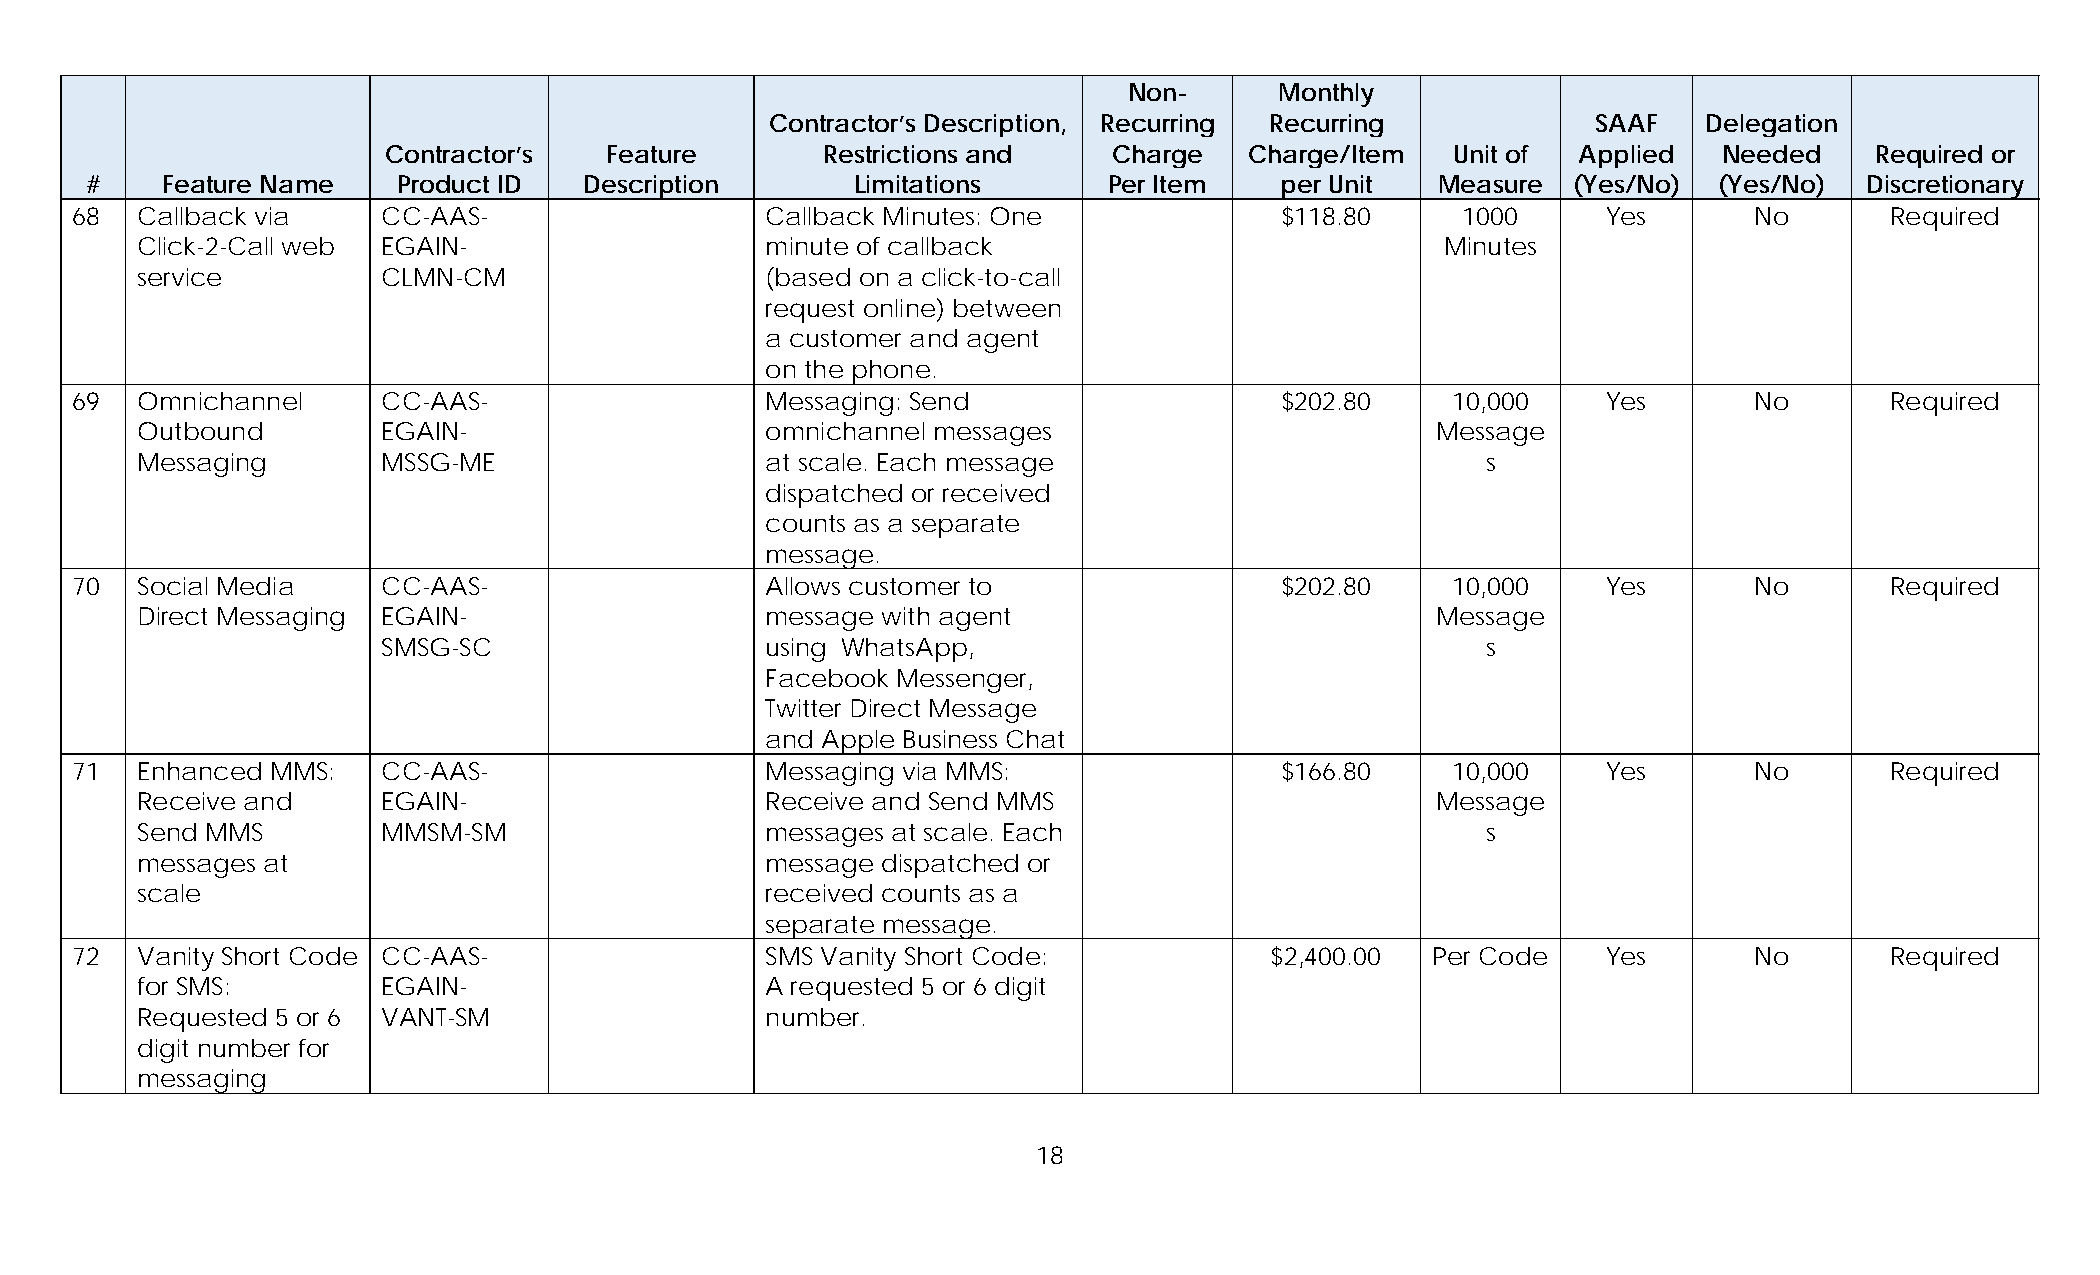
Non-      Monthly
 Contractor’s Description, Recurring Recurring          SAAF   Delegation
 Contractor’s  Feature        Restrictions and   Charge   Charge/Item  Unit of  Applied  Needed    Required or
 #    Feature Name   Product ID   Description       Limitations     Per Item    per Unit  Measure  (Yes/No)  (Yes/No)  Discretionary
 68  Callback via    CC-AAS-                   Callback Minutes: One             $118.80     1000     Yes       No       Required
 Click-2-Call web EGAIN-                   minute of callback                           Minutes
 service         CLMN-CM                   (based on a click-to-call
 request online) between
 a customer and agent
 on the phone.
 69  Omnichannel     CC-AAS-                   Messaging: Send                   $202.80    10,000    Yes       No       Required
 Outbound        EGAIN-                    omnichannel messages                        Message
 Messaging       MSSG-ME                   at scale. Each message                         s
 dispatched or received
 counts as a separate
 message.
 70  Social Media    CC-AAS-                   Allows customer to                $202.80    10,000    Yes       No       Required
 Direct Messaging EGAIN-                   message with agent                          Message
 SMSG-SC                   using WhatsApp,                                s
 Facebook Messenger,
 Twitter Direct Message
 and Apple Business Chat
 71  Enhanced MMS:   CC-AAS-                   Messaging via MMS:                $166.80    10,000    Yes       No       Required
 Receive and     EGAIN-                    Receive and Send MMS                        Message
 Send MMS        MMSM-SM                   messages at scale. Each                        s
 messages at                               message dispatched or
 scale                                     received counts as a
 separate message.
 72  Vanity Short Code CC-AAS-                 SMS Vanity Short Code:           $2,400.00  Per Code   Yes       No       Required
 for SMS:        EGAIN-                    A requested 5 or 6 digit
 Requested 5 or 6 VANT-SM                  number.
 digit number for
 messaging
 18